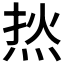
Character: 𰞟